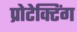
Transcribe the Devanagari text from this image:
प्रोटेक्टिंग